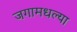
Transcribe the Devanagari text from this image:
जगामधल्या